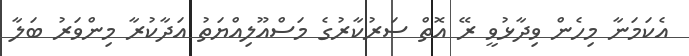
އެކަމަނާ މިހެން ވިދާޅުވީ ރޭ އޮތް ސަރުކާރުގެ މަސްއޫލިއްޔަތު އަދާކުރާ މިންވަރު ބަލާ